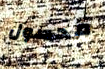
محصول